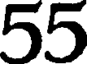
55